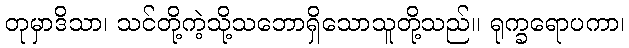
တုမှာဒိသာ၊ သင်တို့ကဲ့သို့သဘောရှိသောသူတို့သည်။ ရုက္ခရောပကာ၊